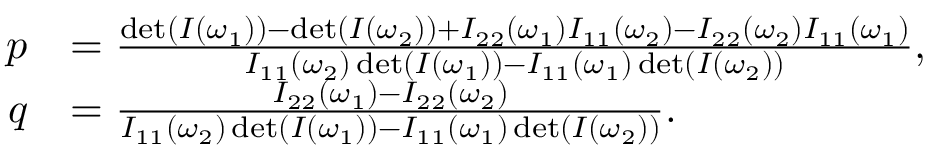
\begin{array} { r l } { p } & { = \frac { \operatorname* { d e t } ( I ( \omega _ { 1 } ) ) - \operatorname* { d e t } ( I ( \omega _ { 2 } ) ) + I _ { 2 2 } ( \omega _ { 1 } ) I _ { 1 1 } ( \omega _ { 2 } ) - I _ { 2 2 } ( \omega _ { 2 } ) I _ { 1 1 } ( \omega _ { 1 } ) } { I _ { 1 1 } ( \omega _ { 2 } ) \operatorname* { d e t } ( I ( \omega _ { 1 } ) ) - I _ { 1 1 } ( \omega _ { 1 } ) \operatorname* { d e t } ( I ( \omega _ { 2 } ) ) } , } \\ { q } & { = \frac { I _ { 2 2 } ( \omega _ { 1 } ) - I _ { 2 2 } ( \omega _ { 2 } ) } { I _ { 1 1 } ( \omega _ { 2 } ) \operatorname* { d e t } ( I ( \omega _ { 1 } ) ) - I _ { 1 1 } ( \omega _ { 1 } ) \operatorname* { d e t } ( I ( \omega _ { 2 } ) ) } . } \end{array}